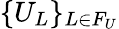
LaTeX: \{ U_{L}\} _{L\in F_{U}}